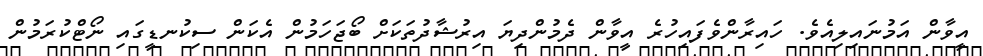
އީވާން އަމުނައިލިއެވެ. ހައިރާންވެފައިހުރެ އީވާން ދެމުންދިޔަ އިރުޝާދުތަކަށް ބޯޖަހަމުން އެކަން ސިކުނޑީގައި ނޯޓްކުރަމުން